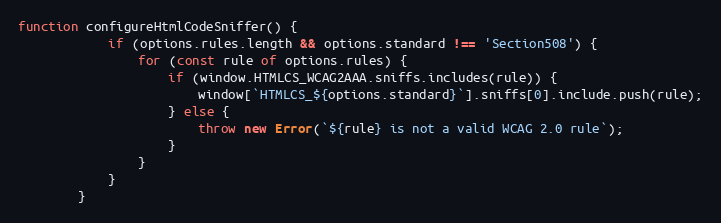
Language: JavaScript
function configureHtmlCodeSniffer() {
			if (options.rules.length && options.standard !== 'Section508') {
				for (const rule of options.rules) {
					if (window.HTMLCS_WCAG2AAA.sniffs.includes(rule)) {
						window[`HTMLCS_${options.standard}`].sniffs[0].include.push(rule);
					} else {
						throw new Error(`${rule} is not a valid WCAG 2.0 rule`);
					}
				}
			}
		}